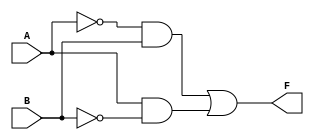
module two_variable_kmap (
    input wire A,  // First input variable
    input wire B,  // Second input variable
    output wire F  // Output variable
);

// Combinational logic to implement the K-map
assign F = (~A & B) | (A & ~B); // F = B' + AB'

endmodule